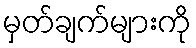
မှတ်ချက်များကို